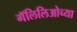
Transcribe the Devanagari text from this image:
गॅलिलिओच्या